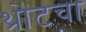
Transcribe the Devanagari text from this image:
थ्रोटचा